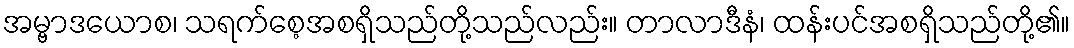
အမ္ဗာဒယောစ၊ သရက်စေ့အစရှိသည်တို့သည်လည်း။ တာလာဒီနံ၊ ထန်းပင်အစရှိသည်တို့၏။